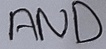
Text: AND